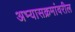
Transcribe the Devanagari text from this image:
अभ्यासक्रमांवरील